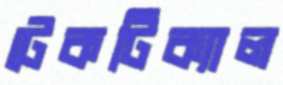
টেকটিক্যাল